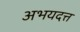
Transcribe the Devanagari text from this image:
अभयदत्त